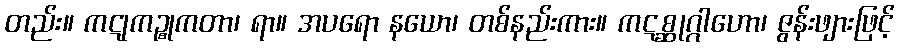
တည်း။ ကဋုကဉ္စုကတာ၊ ရာ။ အပရော နယော၊ တစ်နည်းကား။ ကဋစ္ဆုဂ္ဂါဟော၊ ဇွန်းဖျားဖြင့်